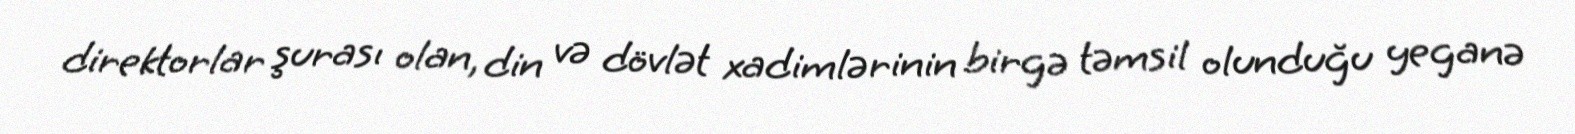
direktorlar şurası olan, din və dövlət xadimlərinin birgə təmsil olunduğu yeganə